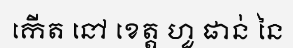
កើត នៅ ខេត្ត ហួ ផាន់ នៃ